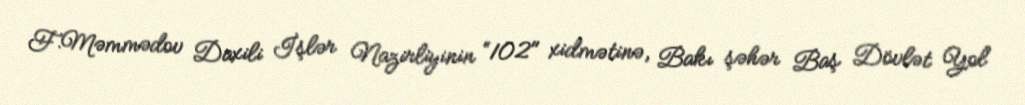
F.Məmmədov Daxili İşlər Nazirliyinin “102" xidmətinə, Bakı şəhər Baş Dövlət Yol